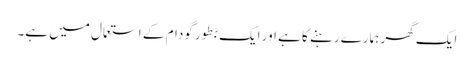
ایک گھر ہمارے رہنے کا ہے اور ایک بطور گودام کے استعمال میں ہے۔